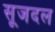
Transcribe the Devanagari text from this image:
सूजदल